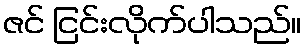
ဇင် ငြင်းလိုက်ပါသည်။